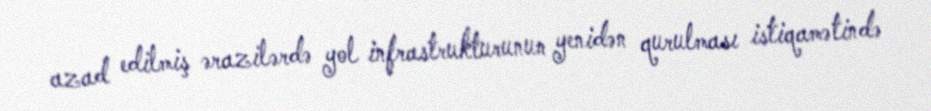
azad edilmiş ərazilərdə yol infrastrukturunun yenidən qurulması istiqamətində